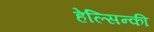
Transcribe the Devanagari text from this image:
हेल्सिन्की